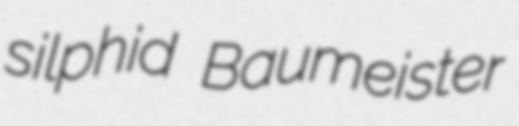
silphid Baumeister